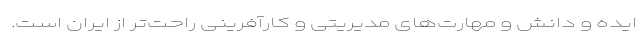
ایده و دانش و مهارت‌های مدیریتی و کارآفرینی راحت‌تر از ایران است.